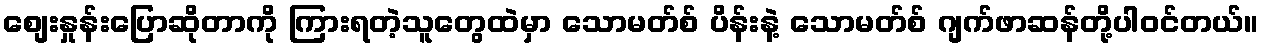
စျေးနှုန်းပြောဆိုတာကို ကြားရတဲ့သူတွေထဲမှာ သောမတ်စ် ပိန်းနဲ့ သောမတ်စ် ဂျက်ဖာဆန်တို့ပါဝင်တယ်။